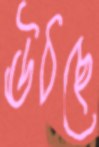
ঊঠছে